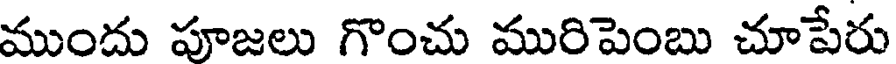
ముందు పూజలు గొంచు మురిపెంబు చూపేరు